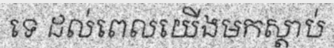
ទេ ដល់ពេលយើងមកស្តាប់